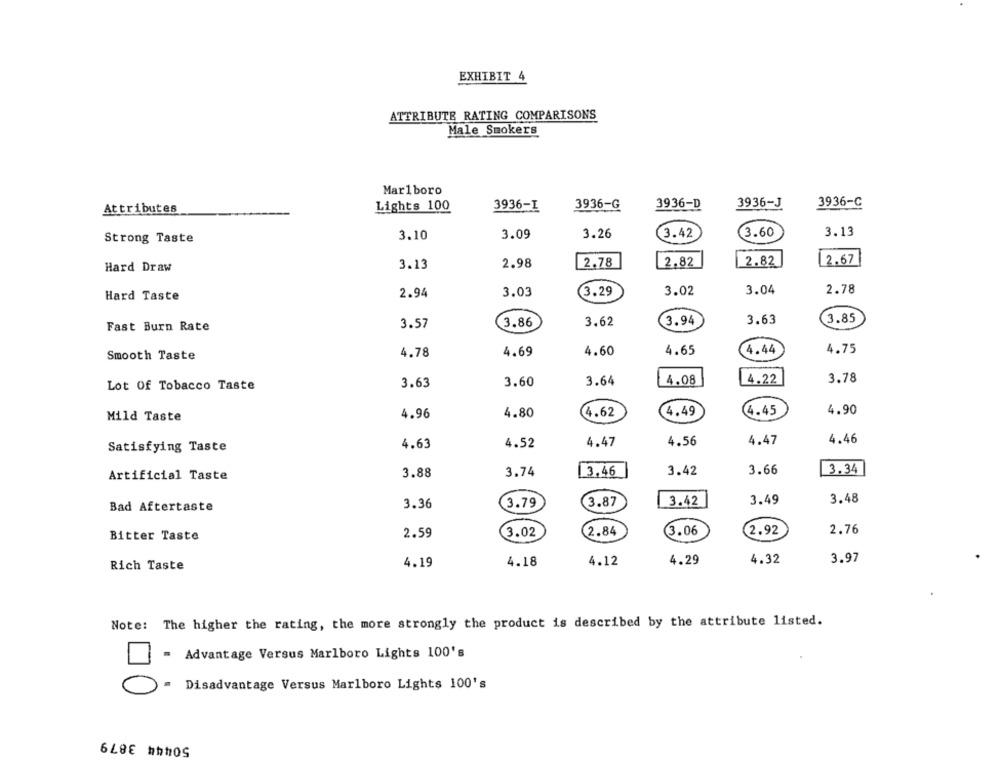
EXHIBIT 4
ATTRIBUTE RATING COMPARISONS
Male Smokers
Marlboro
Lights 100
3936-G
3936-D
3936-J
3936-C
Attributes
3936-I
3.10
3.09
3.26
3.42
(3.60
3.13
Strong Taste
3.13
2.98
2.78
2.82
2.82
12.67
Hard Draw
2.78
Hard Taste
2.94
3.03
3.29
3.02
3.04
3.85
Fast Burn Rate
3.57
3.86
3.62
3.94
3.63
4.44
4.75
Smooth Taste
4.78
4.69
4.60
4.65
1 4.08
4.22
3.78
Lot Of Tobacco Taste
3.63
3.60
3.64
4.45
4.90
Mild Taste
4.96
4.80
4.62
4.49
4.56
4.47
4.46
Satisfying Taste
4.63
4.52
4.47
3.74
3.66
3.34
Artificial Taste
3.88
3.46
3.42
3.42
3.49
3.48
Bad Aftertaste
3.36
3.79
3.87
3.02
2.84
(3.06
2.92
2.76
Bitter Taste
2.59
4.19
4.18
4.12
4.29
4.32
3.97
Rich Taste
Note: The higher the rating, the more strongly the product is described by the attribute listed.
= Advantage Versus Marlboro Lights 100's
Disadvantage Versus Marlboro Lights 100's
50444 3879